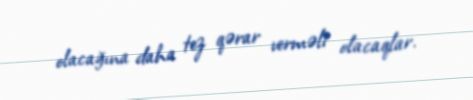
olacağına daha tez qərar verməli olacaqlar.